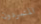
المتمردون